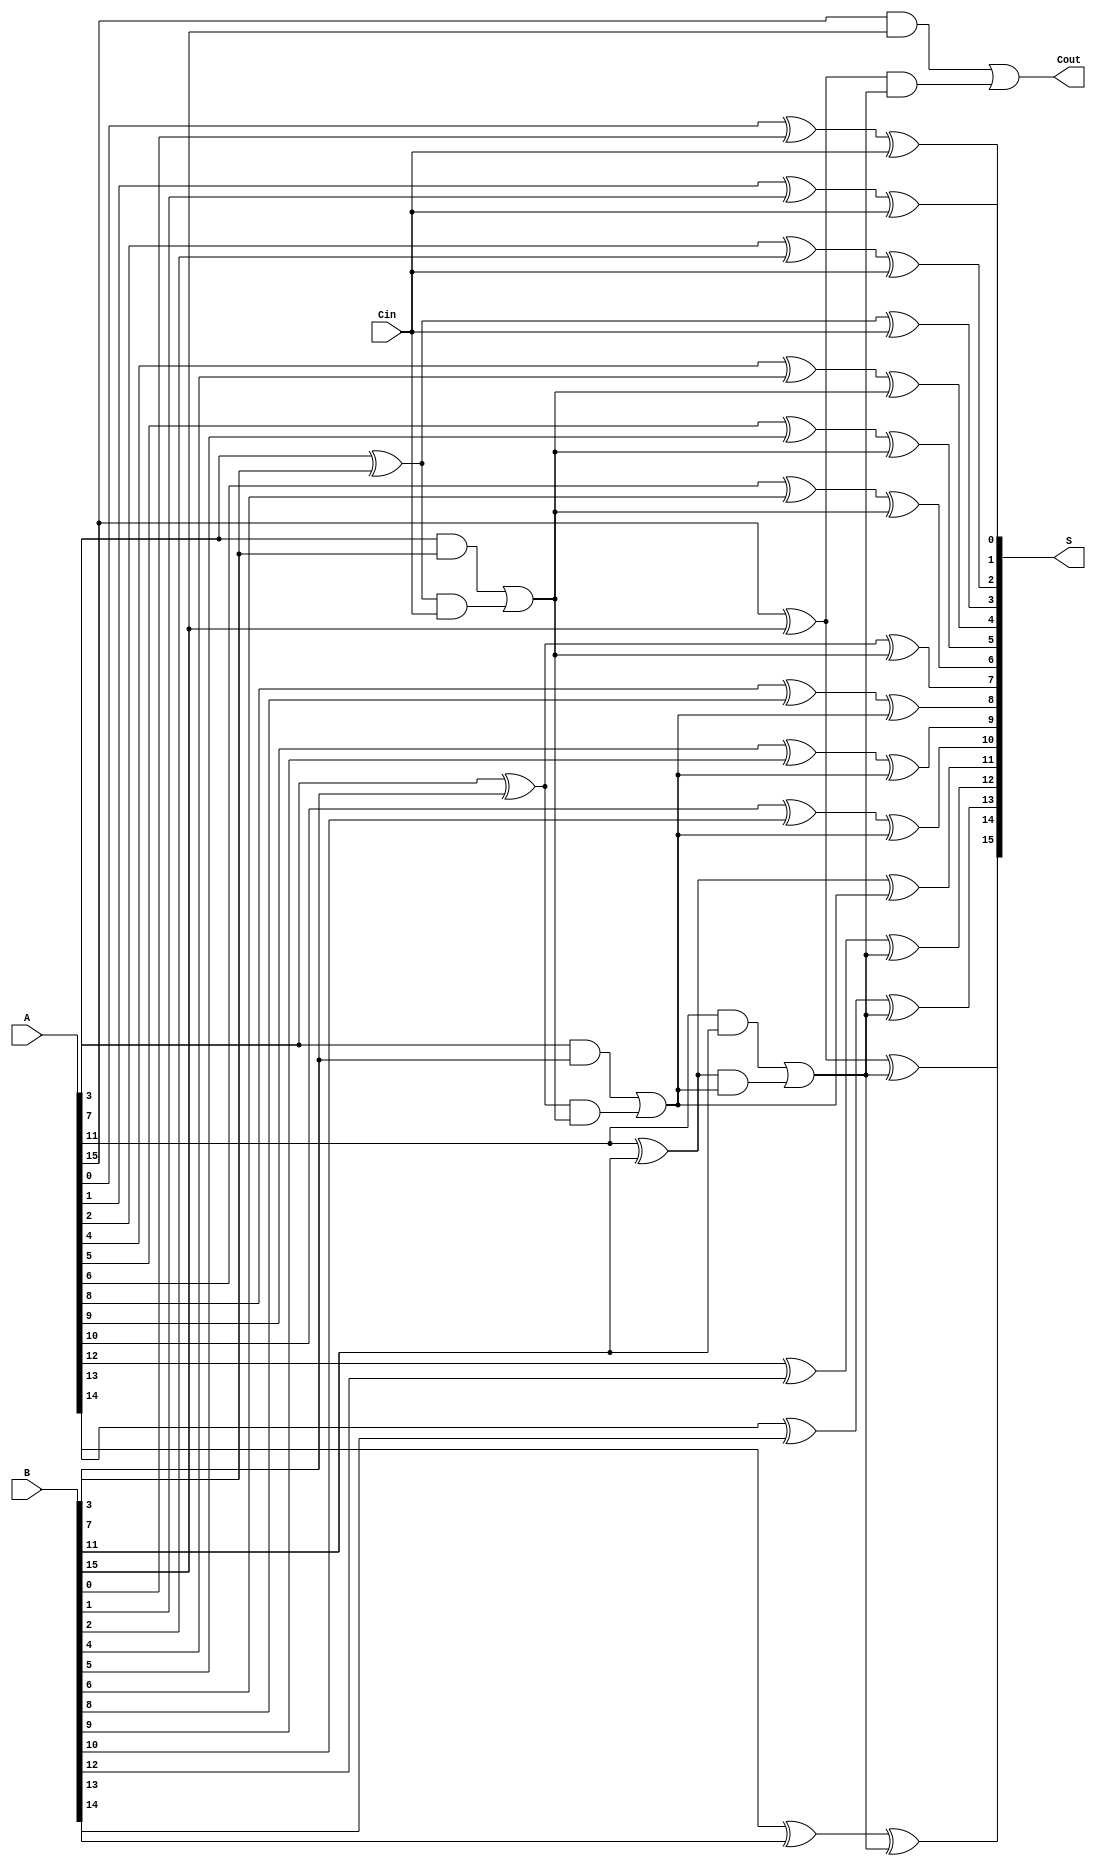
module han_carlson_adder #(parameter N = 16, // Total bit width
                            parameter M = 4)  // Segment size
(
    input [N-1:0] A,        // First operand
    input [N-1:0] B,        // Second operand
    input Cin,              // Carry-in
    output [N-1:0] S,       // Sum output
    output Cout             // Carry-out
);

    localparam SEGMENTS = N / M; // Number of segments
    wire [M-1:0] P [0:SEGMENTS-1]; // Propagate signals
    wire [M-1:0] G [0:SEGMENTS-1]; // Generate signals
    wire [SEGMENTS:0] C; // Carry signals

    // Generate P and G signals for each segment
    genvar i, j;
    generate
        for (i = 0; i < SEGMENTS; i = i + 1) begin : SEG
            for (j = 0; j < M; j = j + 1) begin : BIT
                assign P[i][j] = A[i*M + j] ^ B[i*M + j]; // Propagate
                assign G[i][j] = A[i*M + j] & B[i*M + j]; // Generate
            end
        end
    endgenerate

    // Carry generation
    assign C[0] = Cin; // Initial carry-in
    generate
        for (i = 0; i < SEGMENTS; i = i + 1) begin : CARRY_GEN
            wire carry_in = C[i]; // Carry for this segment
            wire [M-1:0] sum; // Sum for this segment

            // Calculate carry-out for this segment
            if (i < SEGMENTS - 1) begin
                assign C[i+1] = G[i][M-1] | (P[i][M-1] & carry_in);
            end else begin
                assign Cout = G[i][M-1] | (P[i][M-1] & carry_in);
            end

            // Calculate sum for this segment
            for (j = 0; j < M; j = j + 1) begin : SUM_CALC
                assign sum[j] = P[i][j] ^ carry_in; // Sum calculation
            end

            // Assign the computed sum to the output
            assign S[i*M +: M] = sum;
        end
    endgenerate

endmodule